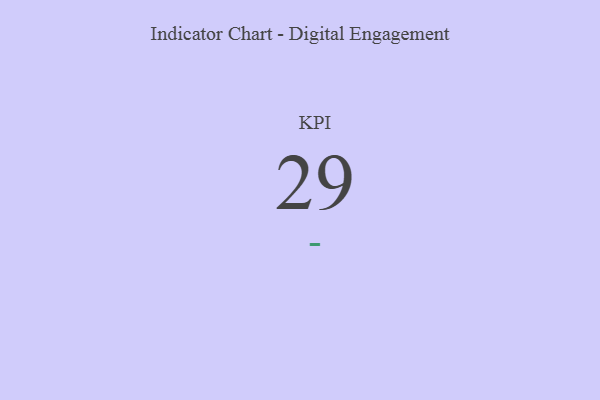
{"axis": {"x": "KPI", "y": "Value"}, "legend": [""], "data": [{"x": "KPI", "y": 29, "type": ""}]}